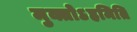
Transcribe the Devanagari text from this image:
मुक्तोऽहमिति